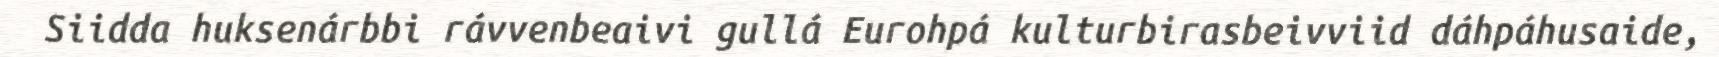
Siidda huksenárbbi rávvenbeaivi gullá Eurohpá kulturbirasbeivviid dáhpáhusaide,